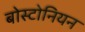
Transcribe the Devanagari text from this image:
बोस्टोनियन